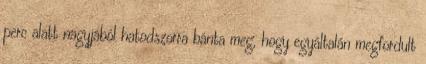
perc alatt nagyjából hatodszorra bánta meg, hogy egyáltalán megfordult